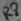
Text: R8